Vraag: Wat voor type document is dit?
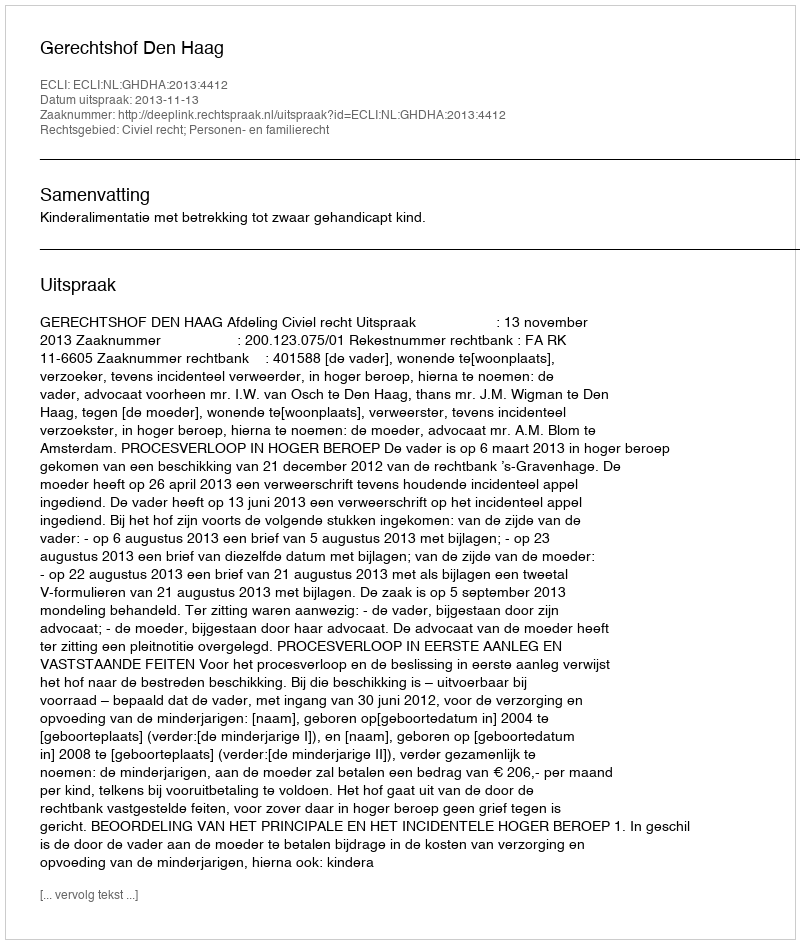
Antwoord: Uitspraak